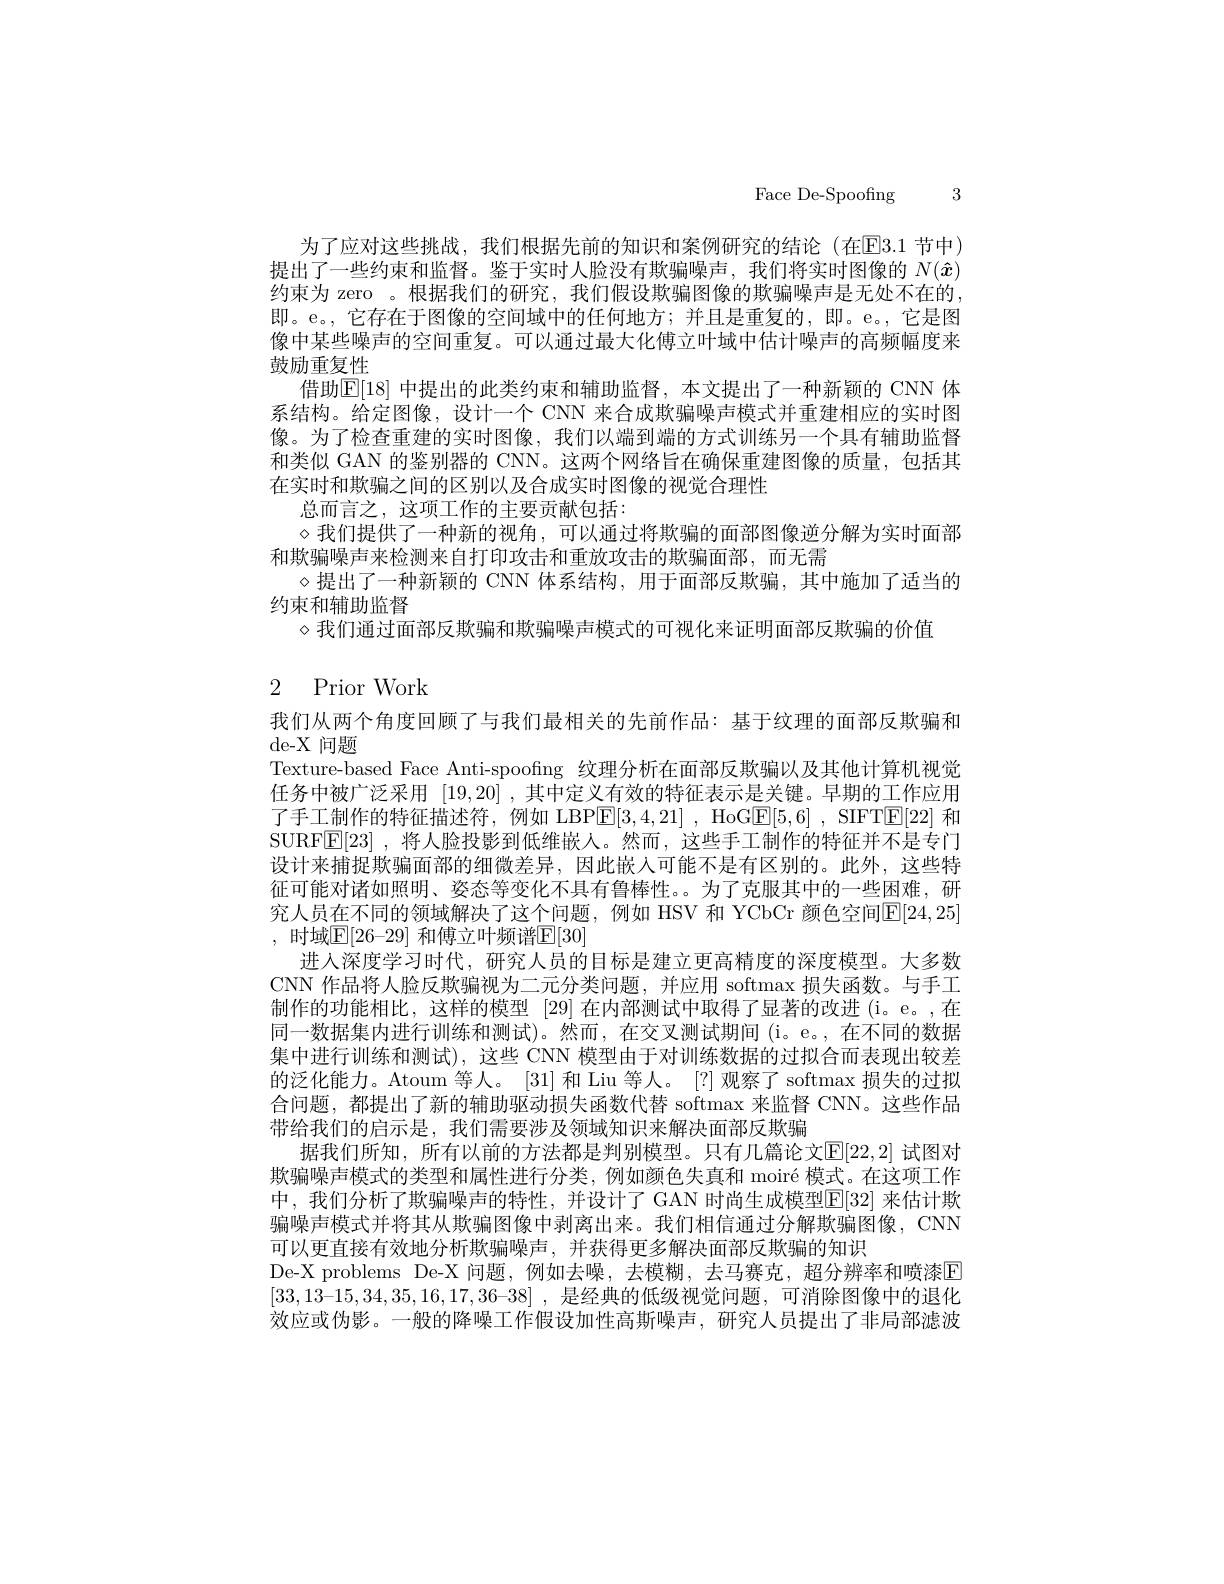
Face De-Spoofing 3

为了应对这些挑战，我们根据先前的知识和案例研究的结论(在$\overline{\mathrm{E}}3.1$ 节中) 提出了一些约束和监督。鉴于实时人脸没有欺骗噪声，我们将实时图像的$N(\hat{x})$ 约束为 zero 。根据我们的研究，我们假设欺骗图像的欺骗噪声是无处不在的， 即。e。,它存在于图像的空间域中的任何地方；并且是重复的，即。e。,它是图像中某些噪声的空间重复。可以通过最大化傅立叶域中估计噪声的高频幅度来鼓励重复性
借助$\mathbb{E}[18]$ 中提出的此类约束和辅助监督，本文提出了一种新颖的 CNN 体系结构。给定图像，设计一个 CNN 来合成欺骗噪声模式并重建相应的实时图像。为了检查重建的实时图像，我们以端到端的方式训练另一个具有辅助监督和类似 GAN 的鉴别器的 CNN。这两个网络旨在确保重建图像的质量，包括其在实时和欺骗之间的区别以及合成实时图像的视觉合理性
总而言之，这项工作的主要贡献包括：
$\diamond$我们提供了一种新的视角，可以通过将欺骗的面部图像逆分解为实时面部
和欺骗噪声来检测来自打印攻击和重放攻击的欺骗面部，而无需
$\diamond$提出了一种新颖的 CNN 体系结构，用于面部反欺骗，其中施加了适当的
约束和辅助监督
$\diamond$我们通过面部反欺骗和欺骗噪声模式的可视化来证明面部反欺骗的价值

# 2 Prior Work

我们从两个角度回顾了与我们最相关的先前作品：基于纹理的面部反欺骗和
de-X 问题
Texture-based Face Anti-spoofng 纹理分析在面部反欺骗以及其他计算机视觉任务中被广泛采用[19,20] ,其中定义有效的特征表示是关键。早期的工作应用了手工制作的特征描述符，例如 LBPE[3,4,21] , HoGE[5,6] , SIFTE[22] 和SURFE[23] ,将人脸投影到低维嵌人。然而，这些手工制作的特征并不是专门设计来捕捉欺骗面部的细微差异，因此嵌入可能不是有区别的。此外，这些特征可能对诸如照明、姿态等变化不具有鲁棒性。为了克服其中的一些困难，研究人员在不同的领域解决了这个问题，例如 HSV 和 YCbCr 颜色空间E[24,25] , 时域$\mathbb{E}[26-29]$ 和傅立叶频谱$\mathbb{E}[30]$
进人深度学习时代，研究人员的目标是建立更高精度的深度模型。大多数CNN 作品将人脸反欺骗视为二元分类问题，并应用 softmax 损失函数。与手工制作的功能相比，这样的模型[29]在内部测试中取得了显著的改进(i。e。,在同一数据集内进行训练和测试)。然而，在交叉测试期间(i。e。,在不同的数据集中进行训练和测试),这些 CNN 模型由于对训练数据的过拟合而表现出较差的泛化能力。Atoum 等人。[31] 和 Liu 等人。[?] 观察了 softmax 损失的过拟合问题，都提出了新的辅助驱动损失函数代替 softmax 来监督 CNN。这些作品带给我们的启示是，我们需要涉及领域知识来解决面部反欺骗
据我们所知，所有以前的方法都是判别模型。只有几篇论文[E[22,2] 试图对欺骗噪声模式的类型和属性进行分类，例如颜色失真和 moiré 模式。在这项工作中，我们分析了欺骗噪声的特性，并设计了 GAN 时尚生成模型$\boxed{\mathrm{E}}[32]$ 来估计欺骗噪声模式并将其从欺骗图像中剥离出来。我们相信通过分解欺骗图像，CNN 可以更直接有效地分析欺骗噪声，并获得更多解决面部反欺骗的知识
De-X problems De-X 问题，例如去噪，去模糊，去马赛克，超分辨率和喷漆E [33,13-15,34,35,16,17,36-38] ,是经典的低级视觉问题，可消除图像中的退化效应或伪影。一般的降噪工作假设加性高斯噪声，研究人员提出了非局部滤波